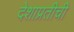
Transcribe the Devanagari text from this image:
देशाप्रतीची